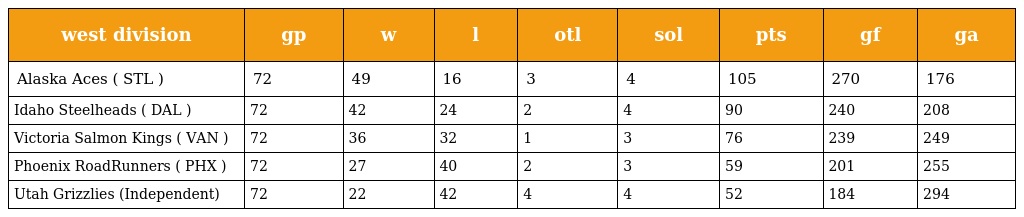
| west division | gp | w | l | otl | sol | pts | gf | ga |
 | --- | --- | --- | --- | --- | --- | --- | --- | --- |
 | Alaska Aces ( STL ) | 72 | 49 | 16 | 3 | 4 | 105 | 270 | 176 |
 | Idaho Steelheads ( DAL ) | 72 | 42 | 24 | 2 | 4 | 90 | 240 | 208 |
 | Victoria Salmon Kings ( VAN ) | 72 | 36 | 32 | 1 | 3 | 76 | 239 | 249 |
 | Phoenix RoadRunners ( PHX ) | 72 | 27 | 40 | 2 | 3 | 59 | 201 | 255 |
 | Utah Grizzlies (Independent) | 72 | 22 | 42 | 4 | 4 | 52 | 184 | 294 |